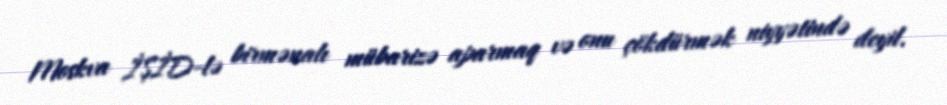
Moskva İŞİD-lə birmənalı mübarizə aparmaq və onu çökdürmək niyyətində deyil.